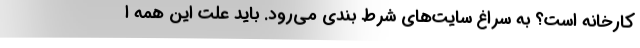
کارخانه است؟ به سراغ سایت‌های شرط بندی می‌رود. باید علت این همه ا